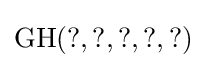
\mathrm {GH} ({\text{?}},{\text{?}},{\text{?}},{\text{?}},{\text{?}})